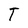
Character: T